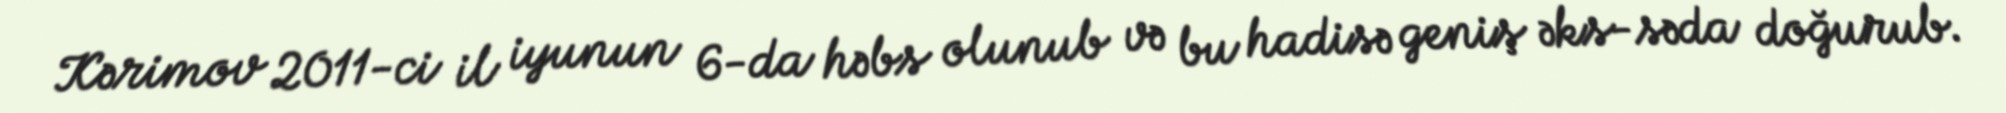
Kərimov 2011-ci il iyunun 6-da həbs olunub və bu hadisə geniş əks-səda doğurub.